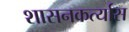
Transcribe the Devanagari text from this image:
शासनकर्त्यास